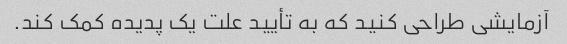
آزمایشی طراحی کنید که به تأیید علت یک پدیده کمک کند.